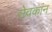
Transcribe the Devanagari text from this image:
सेवकांन